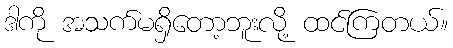
ဒါကို အသက်မရှိတော့ဘူးလို့ ထင်ကြတယ်။